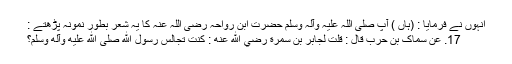
انہوں نے فرمایا : (ہاں ) آپ صلی اللہ علیہ وآلہ وسلم حضرت ابن رواحہ رضی اللہ عنہ کا یہ شعر بطور نمونہ پڑھتے :
17. عَنْ سِمَاکِ بْنِ حَرْبٍ قَالَ : قُلْتُ لِجَابِرِ بْنِ سَمُرَةَ رضي الله عنه : کُنْتَ تُجَالِسُ رَسُوْلَ اللهِ صلی الله عليه وآله وسلم؟